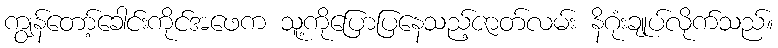
ကျွန်တော့်ခေါင်းကိုင်အဖေက သူ့ကိုပြောပြနေသည့်ဇာတ်လမ်း နိဂုံးချုပ်လိုက်သည်။